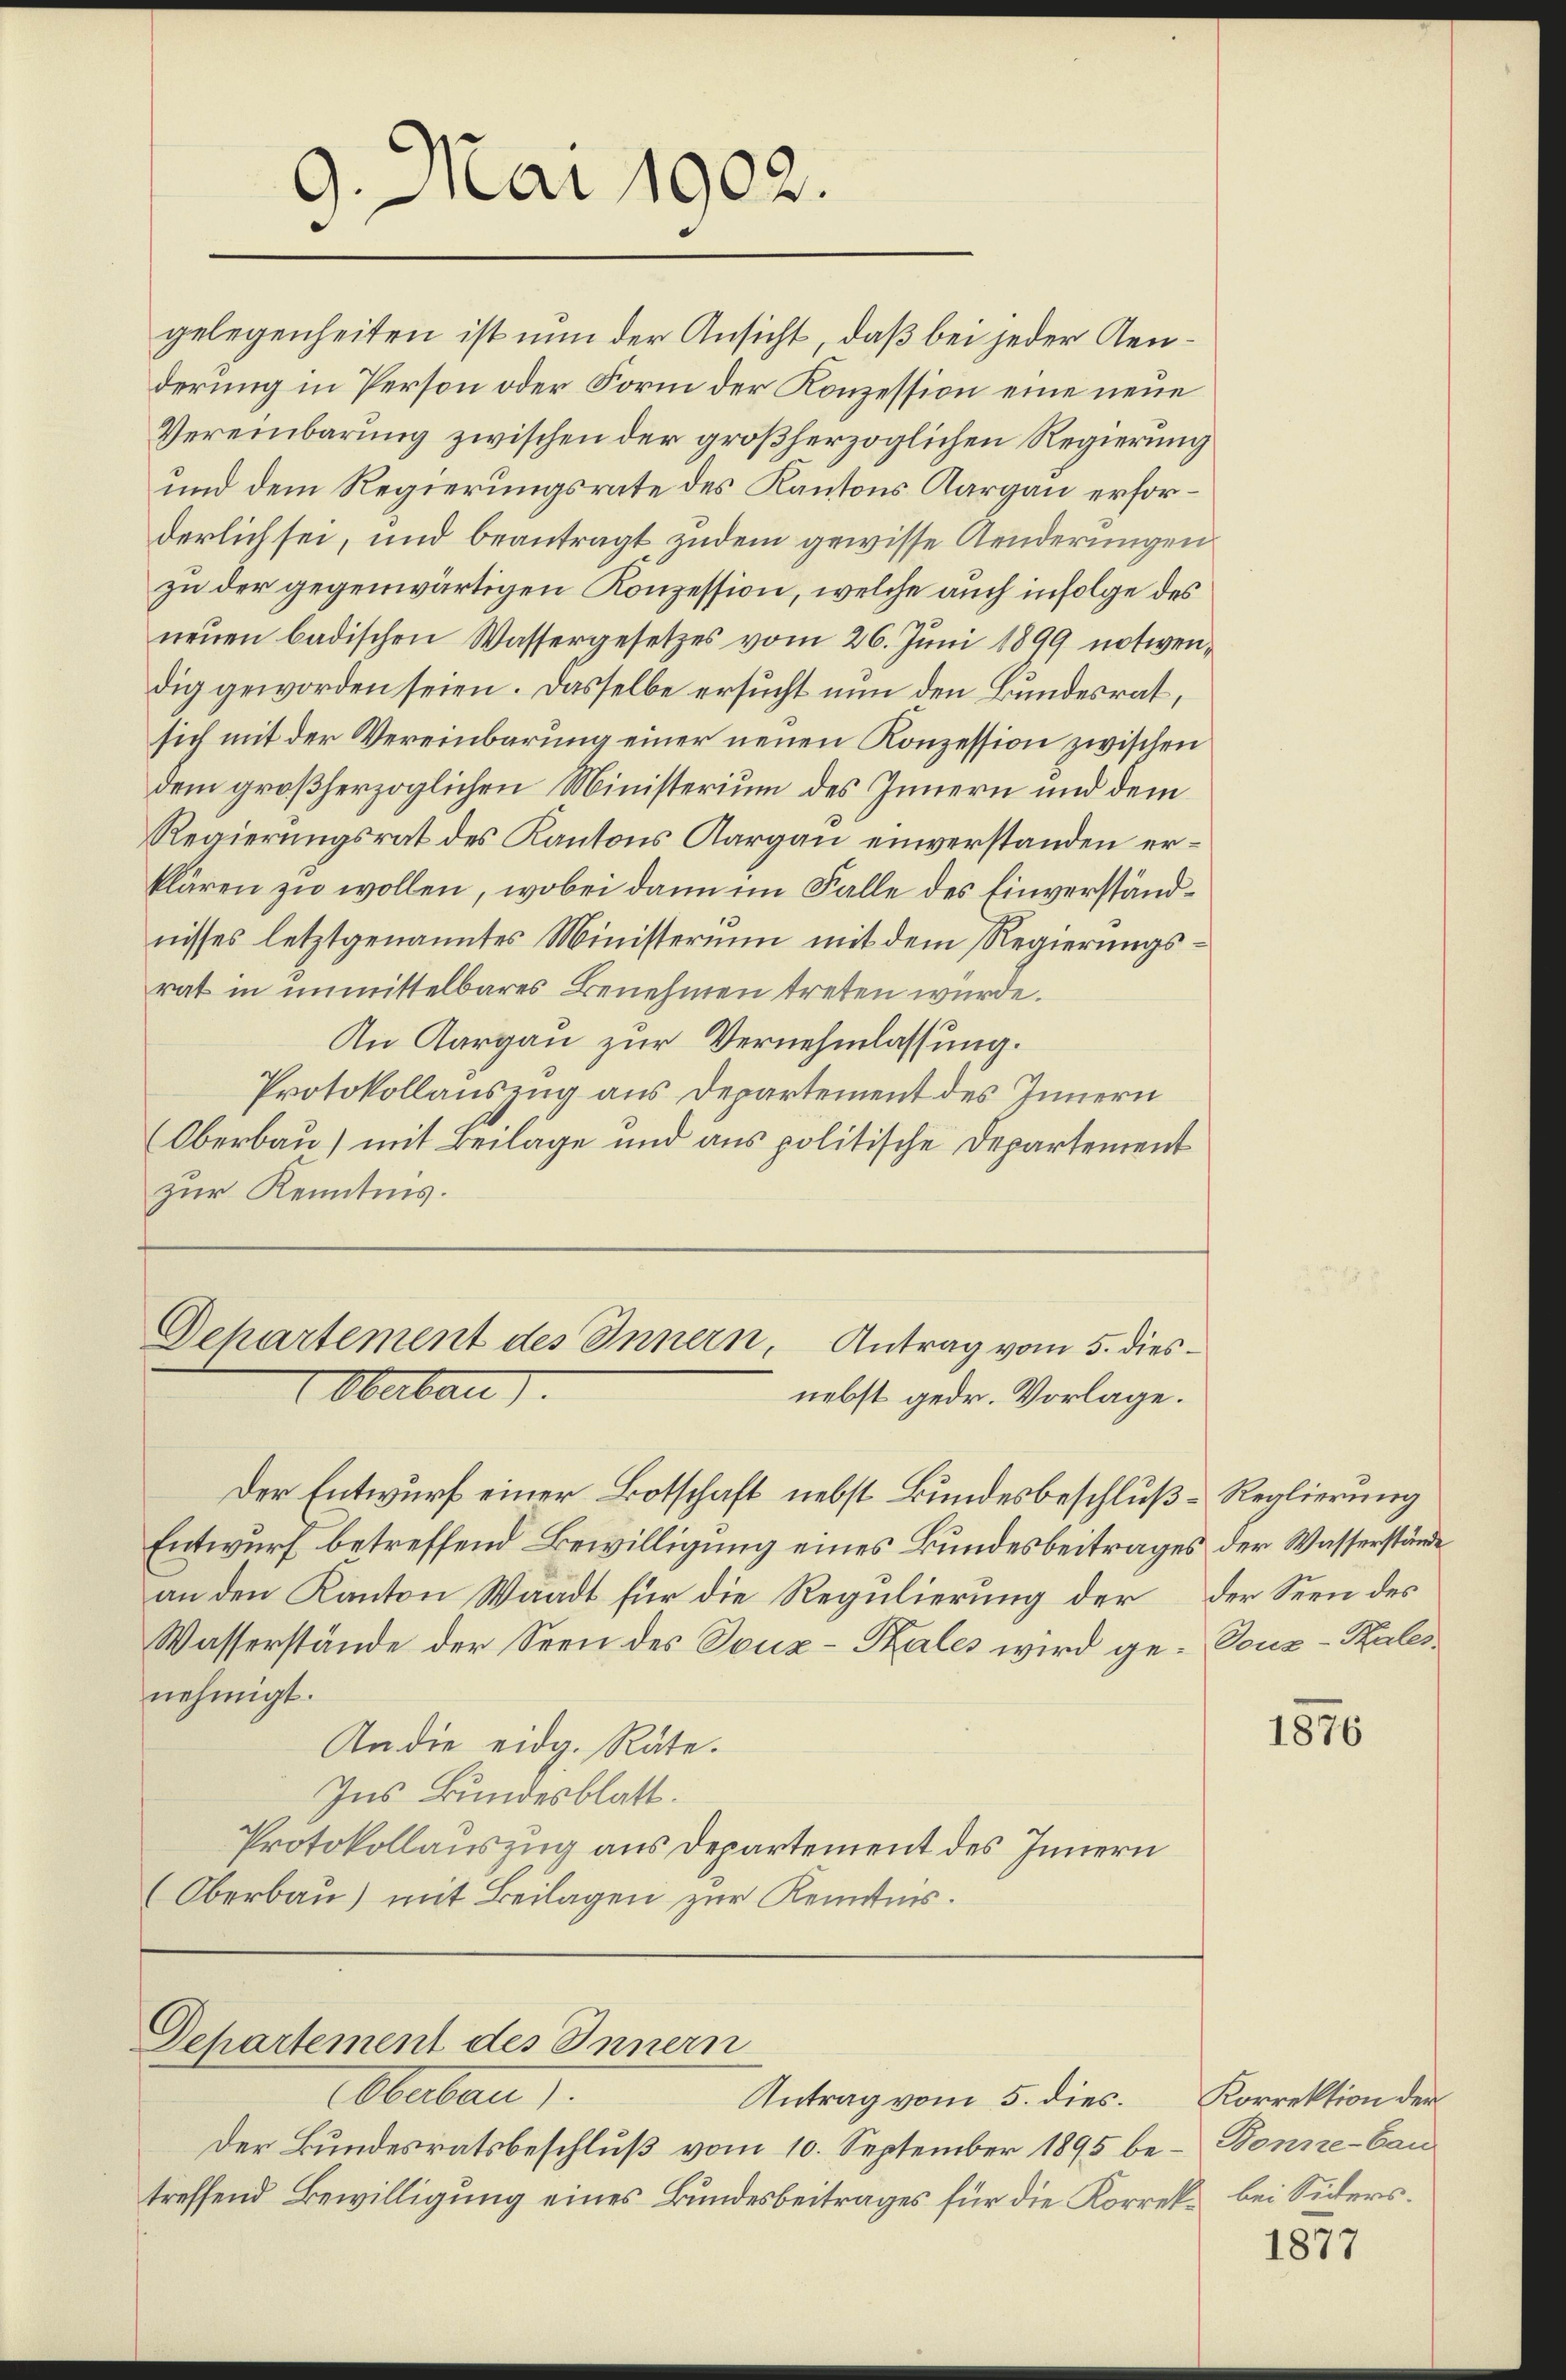
9. Mai 1902.

derlich sei, und beantragt, zudem gewisse Aenderungen
zu der gegenwärtigen Konzession, welche auch infolge des
7
neŭen badischen Wassergesetzes vom 26. Juni 1899 notwendig geworden seien. Dasselbe ersucht nun den Bundesrat,
sich mit der Vereinbarung einer neuen Konzession zwischen
dem großherzoglichen Ministerium des Innern und dem
Regierungsrat des Kantons Aargau einverstanden erklären zu wollen, wobei dann im Falle des Einverständnisses letztgenanntes Ministerium mit dem Regierungsrat in unmittelbares Benehmen treten wurde.
An Aargau zur Vernehmlassung.
Protokollauszug aus Departement des Innern
Oberbau) mit Beilage und aus politische Departement
zur Kenntnis.
Dehartement des Innern, Antrag vom 5. dies¬
Obertau).
nebst gedr. Vorlage.
Der Entwurf einer Botschaft nebst Bundesbeschluß-Reglierung
Entwurf betreffend Bewilligung eines Bundesbeitrages der Wasserstände
an den Kanton Waadt für die Regulierung der der Seen des
Wasserstände der Seen des Souz-Sales wird ge-Vouz-Rates
nehmigt.
An die eidg. Räte.
Ins Bundesblatt.
Protokollauszug aus Departement des Innern
(Oberbau) mit Beilagen zur Kenntnis.

gelegenheiten ist nun der Ansicht, daß bei jeder Genderung in Person oder Form der Konzession eine neue
Vereinbarung zwischen der großherzoglichen Regierung
und dem Regierungsrate des Kantons Aargau erfor¬

Departement des Innern
Oberbau d.

Antrag vom 5. dies

Der Bundesratsbeschluß vom 10. September 1895 be- Bonne-Cantreffend Bewilligung eines Bundesbeitrages für die Korreke bei Sichers¬

1876

Korrektion der

1877